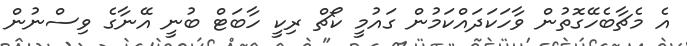
އެ މެޗާބެހޭގޮތުން ވާހަކަދައްކަމުން ގައުމީ ކޯޗް ރިކީ ހާބަޓް ބުނީ އޭނާގެ ވިސްނުން